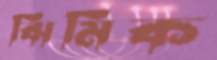
ঝিমিক